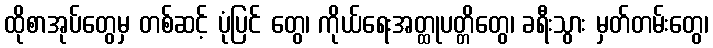
ထိုစာအုပ်တွေမှ တစ်ဆင့် ပုံပြင် တွေ၊ ကိုယ်ရေးအတ္ထုပတ္တိတွေ၊ ခရီးသွား မှတ်တမ်းတွေ၊